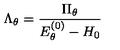
\Lambda _ { \theta } = \frac { \Pi _ { \theta } } { E _ { \theta } ^ { ( 0 ) } - H _ { 0 } }